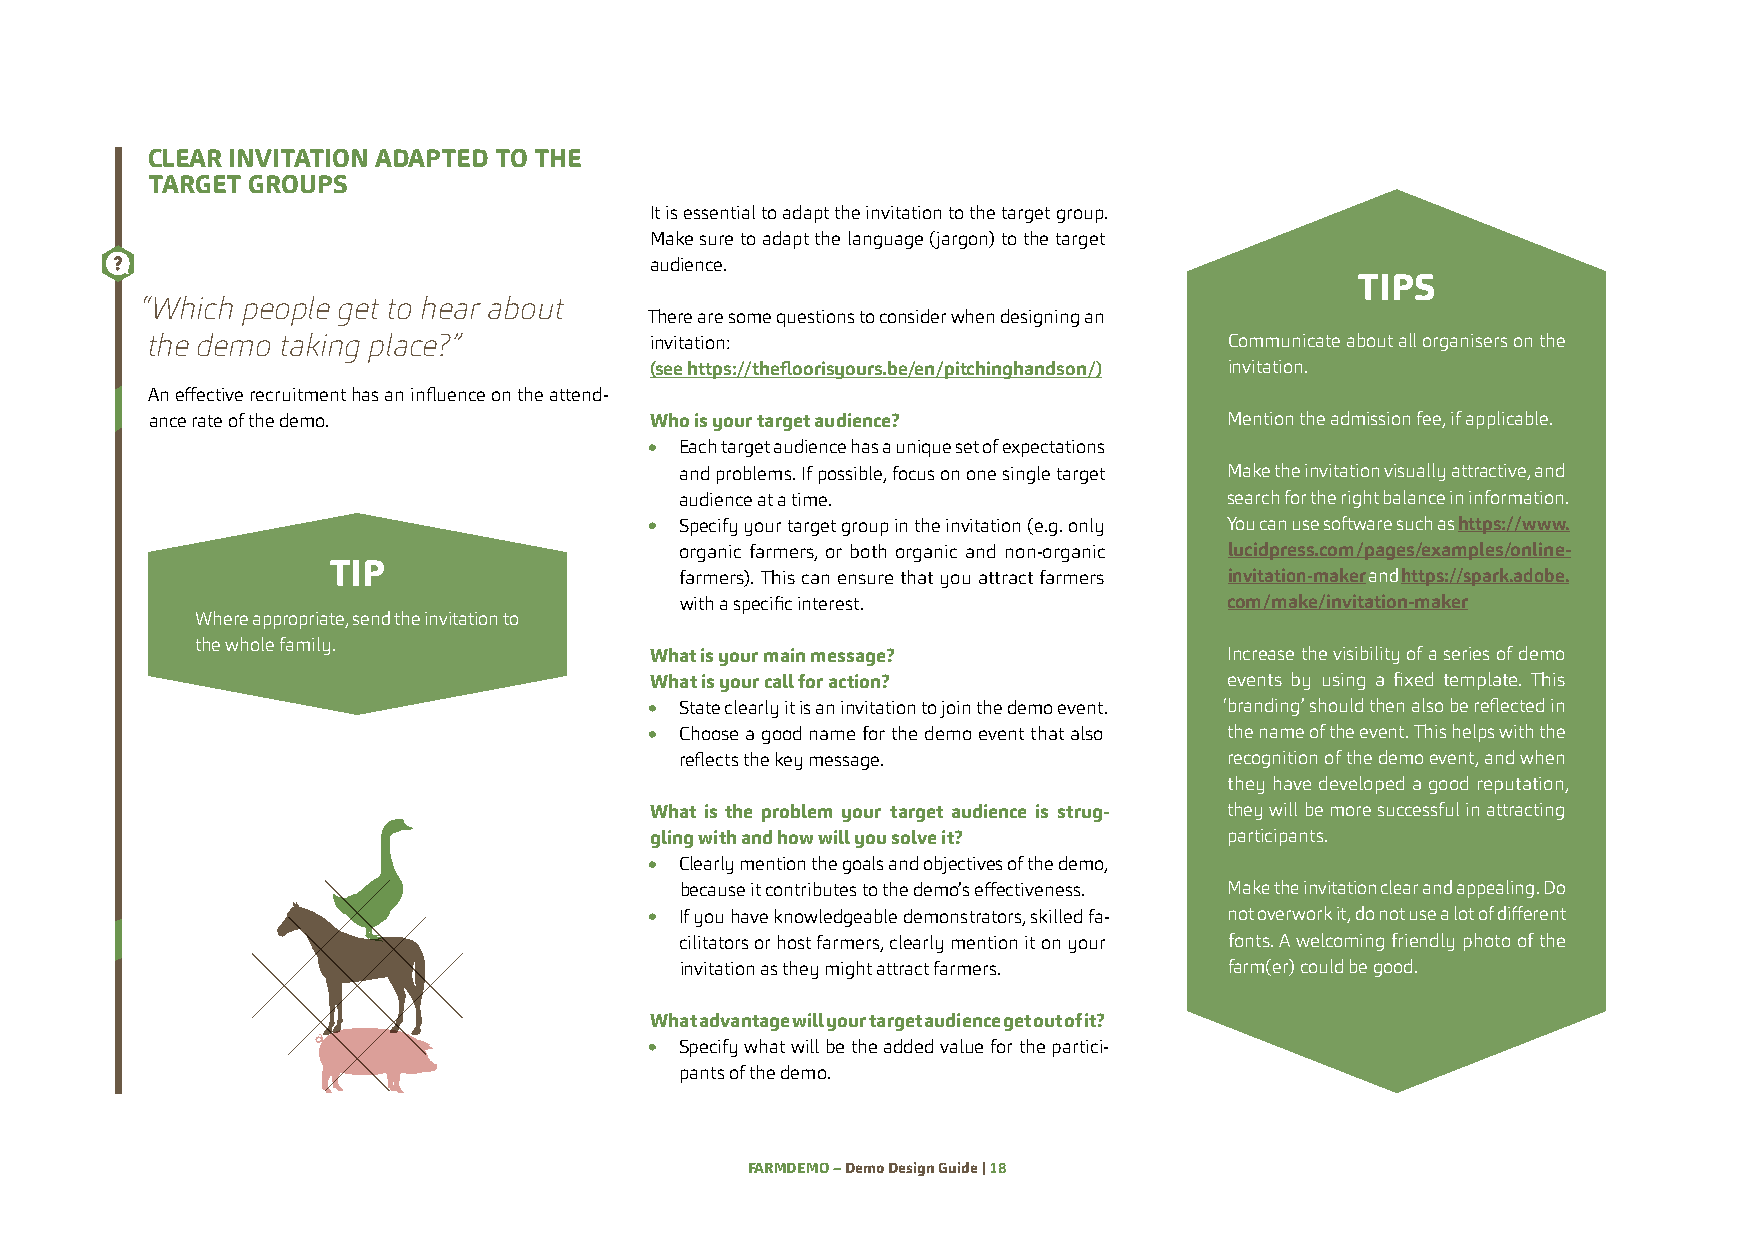
CLEAR INVITATION ADAPTED TO THE
 TARGET GROUPS
 It is essential to adapt the invitation to the target group.
 Make sure to adapt the language (jargon) to the target
 audience.
 TIPS
 “Which people get to hear about
 There are some questions to consider when designing an
 the demo taking place?”          invitation:                           Communicate about all organisers on the
 (see https://thefloorisyours.be/en/pitchinghandson/) invitation.
 An effective recruitment has an influence on the attend-
 ance rate of the demo.           Who is your target audience?          Mention the admission fee, if applicable.
 Each target audience has a unique set of expectations
 and problems. If possible, focus on one single target Make the invitation visually attractive, and
 audience at a time.                 search for the right balance in information.
 Specify your target group in the invitation (e.g. only You can use software such as https://www.
 organic farmers, or both organic and non-organic lucidpress.com/pages/examples/online-
 TIP
 farmers). This can ensure that you attract farmers invitation-maker and https://spark.adobe.
 with a specific interest.           com/make/invitation-maker
 Where appropriate, send the invitation to
 the whole family.
 What is your main message?            Increase the visibility of a series of demo
 What is your call for action?         events by using a fixed template. This
 State clearly it is an invitation to join the demo event. ‘branding’ should then also be reflected in
 Choose a good name for the demo event that also the name of the event. This helps with the
 reflects the key message.           recognition of the demo event, and when
 they have developed a good reputation,
 What is the problem your target audience is strug- they will be more successful in attracting
 gling with and how will you solve it? participants.
 Clearly mention the goals and objectives of the demo,
 because it contributes to the demo’s effectiveness. Make the invitation clear and appealing. Do
 If you have knowledgeable demonstrators, skilled fa- not overwork it, do not use a lot of different
 cilitators or host farmers, clearly mention it on your fonts. A welcoming friendly photo of the
 invitation as they might attract farmers. farm(er) could be good.
 What advantage will your target audience get out of it?
 Specify what will be the added value for the partici-
 pants of the demo.
 FARMDEMO – Demo Design Guide | 18